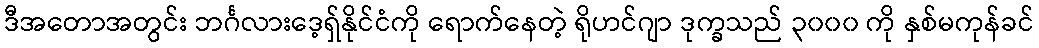
ဒီအတောအတွင်း ဘင်္ဂလားဒေ့ရှ်နိုင်ငံကို ရောက်နေတဲ့ ရိုဟင်ဂျာ ဒုက္ခသည် ၃၀၀၀ ကို နှစ်မကုန်ခင်